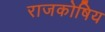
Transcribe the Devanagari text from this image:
राजकोषिय